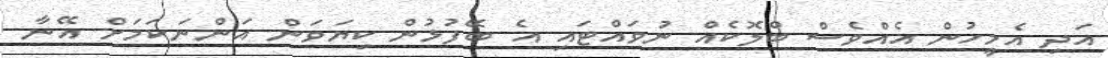
އަދި އެމީހުން އެއްވެސް ބްލޮކެއް ނުވައްޓައި އެ ބޭފުޅުން ކިޔަވަން އަންނަކަމަށް އޭނާ